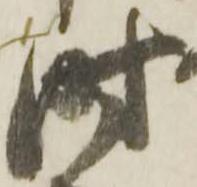
時